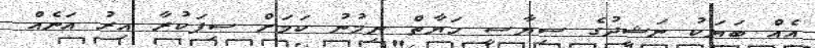
އެއް ބަޔަކު ނަޝީދުގެ ސިޔާސީ ހަޔާތް ނިމުނު ކަމަށް ސިފަކުރާ އިރު އަނެއް